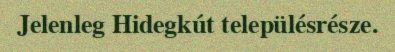
Jelenleg Hidegkút településrésze.